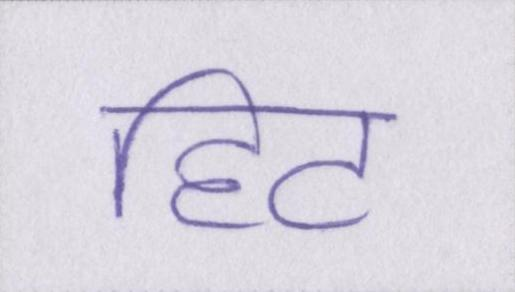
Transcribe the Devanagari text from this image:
हिट